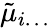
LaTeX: \tilde{\mu}_{i\ldots}